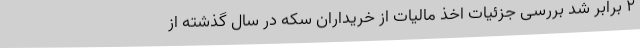
۲ برابر شد بررسی جزئیات اخذ مالیات از خریداران سکه در سال گذشته از